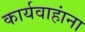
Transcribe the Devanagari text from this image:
कार्यवाहांना